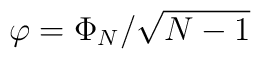
\varphi = \Phi_{N}/\sqrt{N-1}